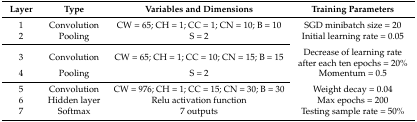
<table><thead><tr><td><b>Layer</b></td><td><b>Type</b></td><td><b>Variables and Dimensions</b></td><td><b>Training Parameters</b></td></tr></thead><tbody><tr><td>1</td><td>Convolution</td><td>CW = 65; CH = 1; CC = 1; CN = 10; B = 10</td><td>SGD minibatch size = 20</td></tr><tr><td>2</td><td>Pooling</td><td>S = 2</td><td>Initial learning rate = 0.05</td></tr><tr><td>3</td><td>Convolution</td><td>CW = 65; CH = 1; CC = 10; CN = 15; B = 15</td><td>Decrease of learning rate after each ten epochs = 20%</td></tr><tr><td>4</td><td>Pooling</td><td>S = 2</td><td>Momentum = 0.5</td></tr><tr><td>5</td><td>Convolution</td><td>CW = 976; CH = 1; CC = 15; CN = 30; B = 30</td><td>Weight decay = 0.04</td></tr><tr><td>6</td><td>Hidden layer</td><td>Relu activation function</td><td>Max epochs = 200</td></tr><tr><td>7</td><td>Softmax</td><td>7 outputs</td><td>Testing sample rate = 50%</td></tr></tbody></table>